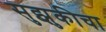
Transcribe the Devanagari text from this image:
सुझुकीचा